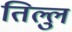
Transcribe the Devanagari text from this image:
तिल्लु